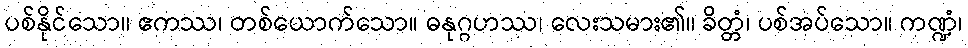
ပစ်နိုင်သော။ ဧကဿ၊ တစ်ယောက်သော။ ဓနုဂ္ဂဟဿ၊ လေးသမား၏။ ခိတ္တံ၊ ပစ်အပ်သော။ ကဏ္ဍံ၊